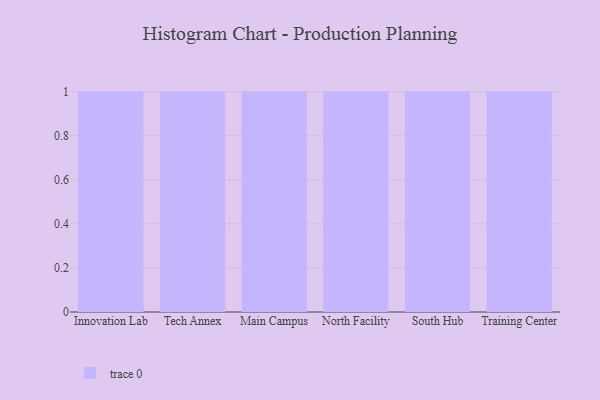
{"axis": {"x": "Campus", "y": "Energy Usage (MWh)"}, "legend": [""], "data": [{"x": "Innovation Lab", "y": 89, "type": ""}, {"x": "Tech Annex", "y": 17, "type": ""}, {"x": "Main Campus", "y": 25, "type": ""}, {"x": "North Facility", "y": 5, "type": ""}, {"x": "South Hub", "y": 90, "type": ""}, {"x": "Training Center", "y": 35, "type": ""}]}